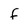
Character: f